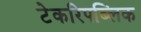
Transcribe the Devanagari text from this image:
टेकरिपब्लिक